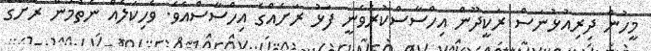
މީހުން ދިރިއުޅުނަސް ރަކީދޫން އިހްސާސްކުރެވެނީ ފަޅު ރަށެއްގެ އިހްސާސްއެވެ. ވެހިކަލެއް ނެތުމުން ރަށުގެ